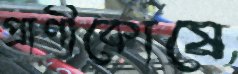
প্রাণীকোষে